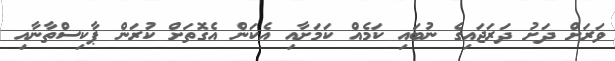
ވަރަށް ދަށު ދަރަޖައިގެ ނުބައި ކަމެއް ކަމަށާއި އެކަން އެގޮތަށް ކުރަން ޕާކިސްތާނާއި